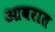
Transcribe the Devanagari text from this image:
आवरात